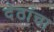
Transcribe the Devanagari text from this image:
देठांचा